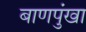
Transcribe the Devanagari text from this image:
बाणपुंखा